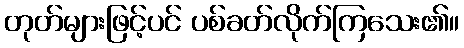
တုတ်များဖြင့်ပင် ပစ်ခတ်လိုက်ကြသေး၏။